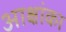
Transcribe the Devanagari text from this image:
आक्षांका